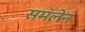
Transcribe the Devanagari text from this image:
समंलेन